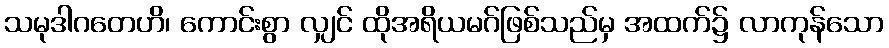
သမုဒါဂတေဟိ၊ ကောင်းစွာ လျှင် ထိုအရိယမဂ်ဖြစ်သည်မှ အထက်၌ လာကုန်သော